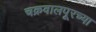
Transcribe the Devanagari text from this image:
चक्रवालपूरच्या